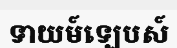
ទាយម៍ឡេបស៍